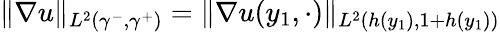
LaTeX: \| \nabla u\| _{L^{2}(\gamma^{-},\gamma^{+})}=\| \nabla u(y_{1},\cdot)\| _{L^{2}(h(y_{1}),1+h(y_{1}))}